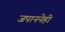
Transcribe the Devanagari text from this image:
जपाननेही